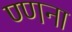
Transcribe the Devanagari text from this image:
ण्णना